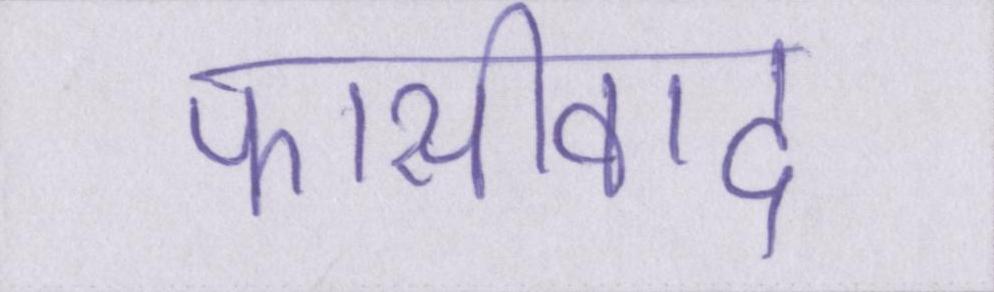
फासीवाद